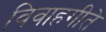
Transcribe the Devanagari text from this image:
विवाहगीते